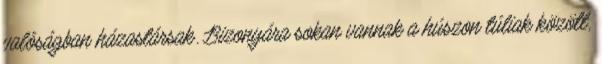
valóságban házastársak. Bizonyára sokan vannak a húszon túliak között,